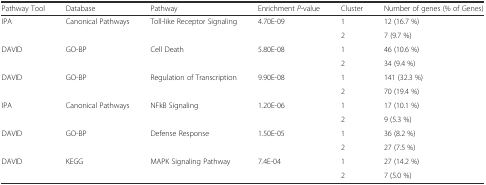
<table><thead><tr><td><b>Pathway Tool</b></td><td><b>Database</b></td><td><b>Pathway</b></td><td><b>Enrichment <i>P</i>-value</b></td><td><b>Cluster</b></td><td><b>Number of genes (% of Genes)</b></td></tr></thead><tbody><tr><td rowspan="2">IPA</td><td rowspan="2">Canonical Pathways</td><td rowspan="2">Toll-like Receptor Signaling</td><td rowspan="2">4.70E-09</td><td>1</td><td>12 (16.7 %)</td></tr><tr><td>2</td><td>7 (9.7 %)</td></tr><tr><td rowspan="2">DAVID</td><td rowspan="2">GO-BP</td><td rowspan="2">Cell Death</td><td rowspan="2">5.80E-08</td><td>1</td><td>46 (10.6 %)</td></tr><tr><td>2</td><td>34 (9.4 %)</td></tr><tr><td rowspan="2">DAVID</td><td rowspan="2">GO-BP</td><td rowspan="2">Regulation of Transcription</td><td rowspan="2">9.90E-08</td><td>1</td><td>141 (32.3 %)</td></tr><tr><td>2</td><td>70 (19.4 %)</td></tr><tr><td rowspan="2">IPA</td><td rowspan="2">Canonical Pathways</td><td rowspan="2">NFkB Signaling</td><td rowspan="2">1.20E-06</td><td>1</td><td>17 (10.1 %)</td></tr><tr><td>2</td><td>9 (5.3 %)</td></tr><tr><td rowspan="2">DAVID</td><td rowspan="2">GO-BP</td><td rowspan="2">Defense Response</td><td rowspan="2">1.50E-05</td><td>1</td><td>36 (8.2 %)</td></tr><tr><td>2</td><td>27 (7.5 %)</td></tr><tr><td rowspan="2">DAVID</td><td rowspan="2">KEGG</td><td rowspan="2">MAPK Signaling Pathway</td><td rowspan="2">7.4E-04</td><td>1</td><td>27 (14.2 %)</td></tr><tr><td>2</td><td>7 (5.0 %)</td></tr></tbody></table>